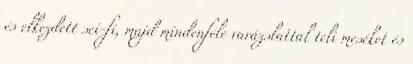
és elkezdett sci-fi, majd mindenféle varázslattal teli meséket és